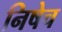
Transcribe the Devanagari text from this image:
निषेच